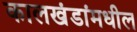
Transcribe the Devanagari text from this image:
कालखंडांमधील